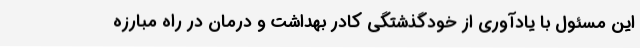
این مسئول با یادآوری از خودگذشتگی کادر بهداشت و درمان در راه مبارزه